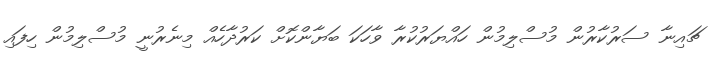
ޗައިނާ ސަރުކާރުން މުސްލިމުން ހައްޔަރުކުރާ ވާހަކަ ބަޔާންކޮށް ކަރުދާހެއް މިނެރުނީ މުސްލިމުން ހިފައި